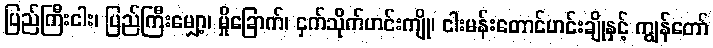
ပြည်ကြီးငါး၊ ပြည်ကြီးမျှော့၊ မှိုခြောက်၊ ငှက်သိုက်ဟင်းကျို၊ ငါးမန်းတောင်ဟင်းချိုနှင့် ကျွန်တော်